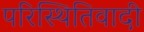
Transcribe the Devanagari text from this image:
परिस्थितिवादी